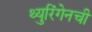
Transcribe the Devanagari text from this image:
थ्युरिंगेनची